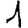
Digit: 1